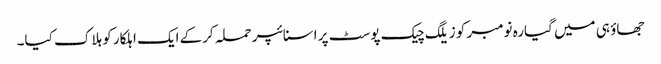
جھاؤ ہی میں گیارہ نومبر کو زیلگ چیک پوسٹ پر اسنائپر حملہ کرکے ایک اہلکار کو ہلاک کیا۔